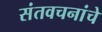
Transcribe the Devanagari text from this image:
संतवचनांचे